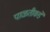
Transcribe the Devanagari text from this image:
पाळतीकडे